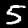
Label: 5